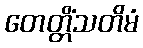
တေတ္တိံသတိမံ